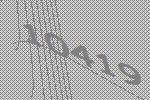
10419